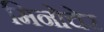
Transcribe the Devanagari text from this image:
मिनोचेर